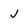
Character: v